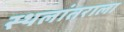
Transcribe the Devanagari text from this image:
स्थलांतराला